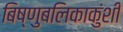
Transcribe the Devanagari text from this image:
बिष्णुबलिकाकुंशी